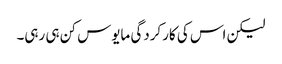
لیکن اس کی کارکردگی مایوس کن ہی رہی۔